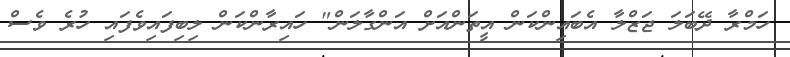
ހަމްރާ ދޭބަލަ ޖަޒްލާ އެބައިންކަން އީތަންއަށް އަންގާލަން" ހައިރާންކަން ލިބިފައިވެފައި ހުރެ ވެސް